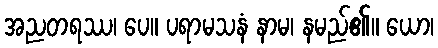
အညတရဿ၊ ပေ။ ပရာမသနံ နာမ၊ နမည်၏။ ယော၊